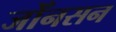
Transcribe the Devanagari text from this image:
जोँनसन